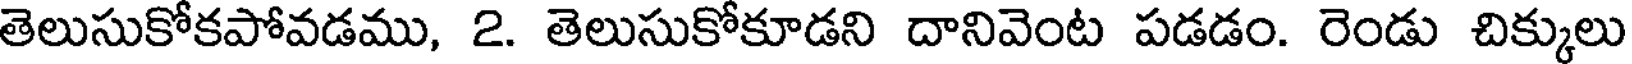
తెలుసుకోకపోవడము, 2. తెలుసుకోకూడని దానివెంట పడడం. రెండు చిక్కులు